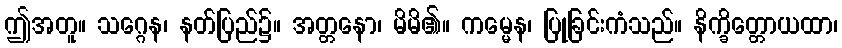
ဤအတူ။ သဂ္ဂေန၊ နတ်ပြည်၌။ အတ္တနော၊ မိမိ၏။ ကမ္မေန၊ ပြုခြင်းကံသည်။ နိက္ခိတ္တောယထာ၊